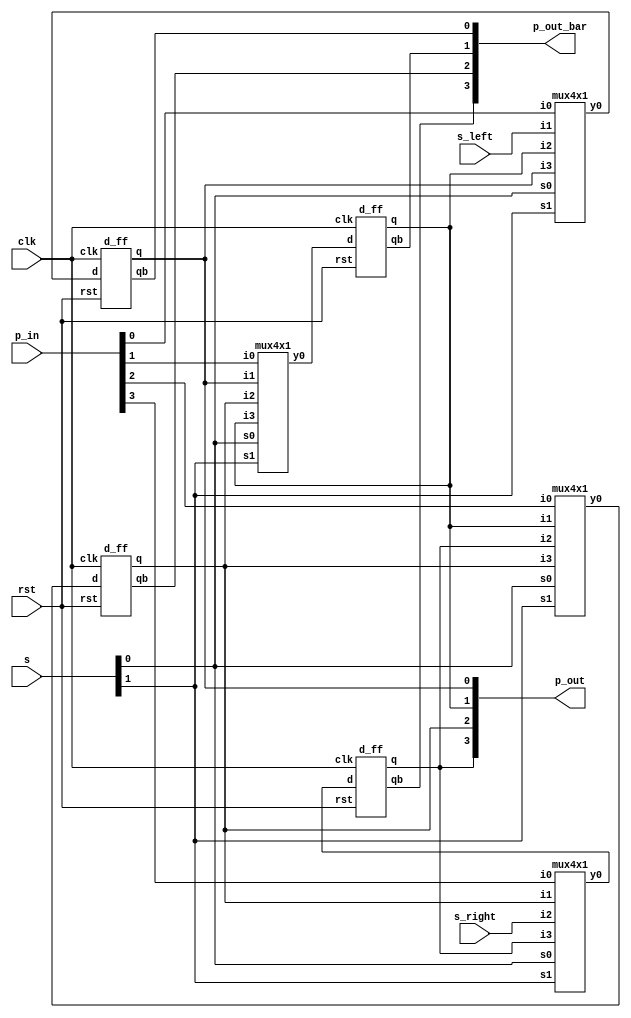

`timescale 1ns / 1ps
module usr(
output [3:0] p_out,
output [3:0] p_out_bar,
input  [3:0] p_in ,
input  rst, clk, s_right, s_left,
input [1:0]s
);
wire [3:0]d;
wire [3:0]q;
wire [3:0]qb;
mux4x1 m1(d[0],p_in[0],s_left,q[1],q[0],s[1],s[0]);
mux4x1 m2(d[1],p_in[1],q[0],q[2],q[1],s[1],s[0]);
mux4x1 m3(d[2],p_in[2],q[1],q[3],q[2],s[1],s[0]);
mux4x1 m4(d[3],p_in[3],q[2],s_right,q[3],s[1],s[0]);

d_ff ff1(q[0],qb[0],d[0],rst,clk);
d_ff ff2(q[1],qb[1],d[1],rst,clk);
d_ff ff3(q[2],qb[2],d[2],rst,clk);
d_ff ff4(q[3],qb[3],d[3],rst,clk);

assign p_out_bar = {qb[3:0]};
assign p_out = {q[3:0]};
endmodule

module mux4x1(
output y0,
input i0,i1,i2,i3,
input s1,s0
);
wire w1,w2,a,b,c,d;

not n1(w1,s1);
not n2(w2,s0);
and a1(a,w1,w2,i0);
and a2(b,w1,s0,i1);
and a3(c,s1,w2,i2);
and a4(d,s1,s0,i3);
or o1(y0,a,b,c,d);
endmodule

module d_ff(
output reg q,qb,
input d,rst,clk
);
always@(posedge clk)
begin
if(rst) begin
q=1'b0; qb=1'b1; end
else begin
if(d==0) begin
q=1'b0; qb=1'b1; end
else if(d==1) begin
q=1'b1; qb=1'b0; end
end
end

endmodule